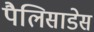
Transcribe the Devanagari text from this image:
पैलिसाडेस